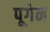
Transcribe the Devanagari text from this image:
पूगेन